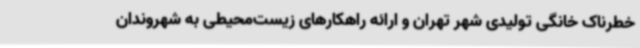
خطرناک خانگی تولیدی شهر تهران و ارائه راهکارهای زیست‌محیطی به شهروندان